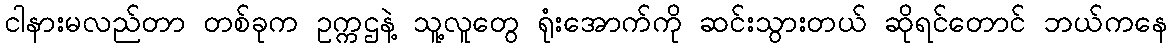
ငါနားမလည်တာ တစ်ခုက ဥက္ကဌနဲ့ သူ့လူတွေ ရုံးအောက်ကို ဆင်းသွားတယ် ဆိုရင်တောင် ဘယ်ကနေ